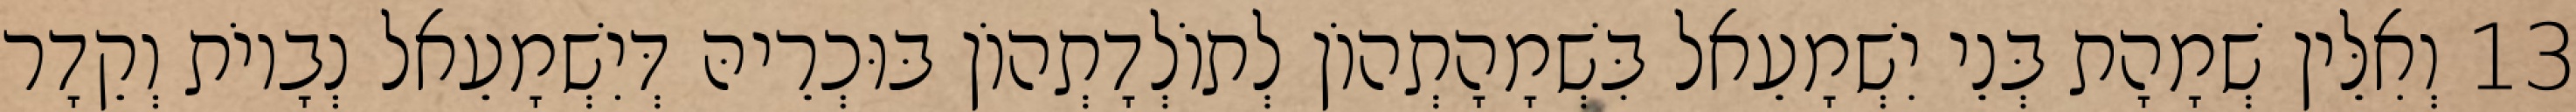
13 וְאִלֵּין שְׁמָהָת בְּנֵי יִשְׁמָעֵאל בִּשְׁמָהָתְהוֹן לְתוֹלְדָתְהוֹן בּוּכְרֵיהּ דְּיִשְׁמָעֵאל נְבָיוֹת וְקֵדָר